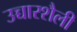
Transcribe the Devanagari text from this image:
उच्चारशैली